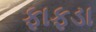
ફાફડા